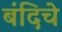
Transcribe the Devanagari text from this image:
बंदिचे